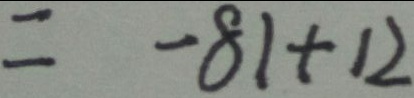
= - 8 1 + 1 2